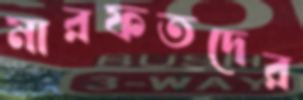
মারফতদের